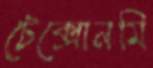
টেক্সোনমি